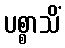
ပစ္စာသိံ